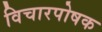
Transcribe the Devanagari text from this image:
विचारपोषक